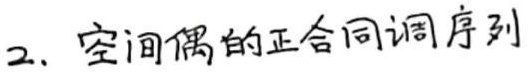
2. 空间偶的正合同调序列